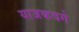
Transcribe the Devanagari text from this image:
याजकवर्ग